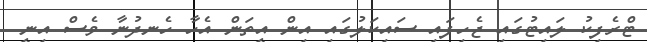
ޓްރެފިކު ލައިޓުގައި ޖެހިފައި ސައިކަލުގައި އިން އީތަން އެހާ ހެނދުނާ ވެސް އިނީ